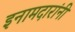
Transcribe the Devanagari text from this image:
इनामदारांनी